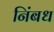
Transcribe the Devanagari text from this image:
निंबध